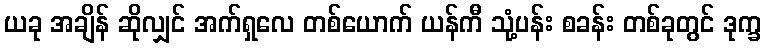
ယခု အချိန် ဆိုလျှင် အက်ရှလေ တစ်ယောက် ယန်ကီ သုံ့ပန်း စခန်း တစ်ခုတွင် ဒုက္ခ